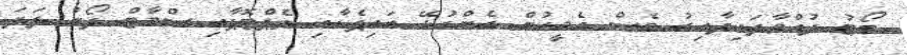
ބޯޓު ދުއްވާފައިދާއިރު ވެސް އެމީހުން ގެންގުޅޭ އައިޕެޑާއި ލެޕްޓޮޕާއި ސްމާޓް ފޯނު ފަދަ